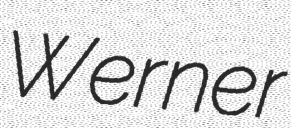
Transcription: Werner